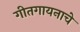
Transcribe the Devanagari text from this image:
गीतगायनाचे